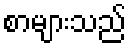
စာများသည်